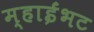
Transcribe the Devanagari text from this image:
म्हाईंभट